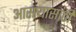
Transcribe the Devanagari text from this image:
आसऱ्यासाठी